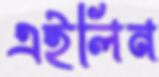
এইলিন